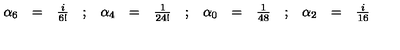
\begin{array} { r c l c r c l c r c l c r c l } { \alpha _ { 6 } } & { = } & { \frac { i } { 6 ! } } & { ; } & { \alpha _ { 4 } } & { = } & { \frac { 1 } { 2 4 ! } } & { ; } & { \alpha _ { 0 } } & { = } & { \frac { 1 } { 4 8 } } & { ; } & { \alpha _ { 2 } } & { = } & { \frac { i } { 1 6 } } \\ \end{array}